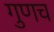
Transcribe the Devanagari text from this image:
गुणच